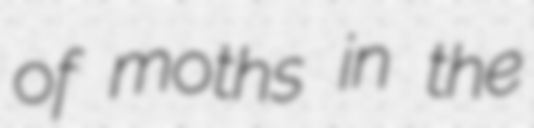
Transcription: of moths in the